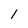
Character: 1